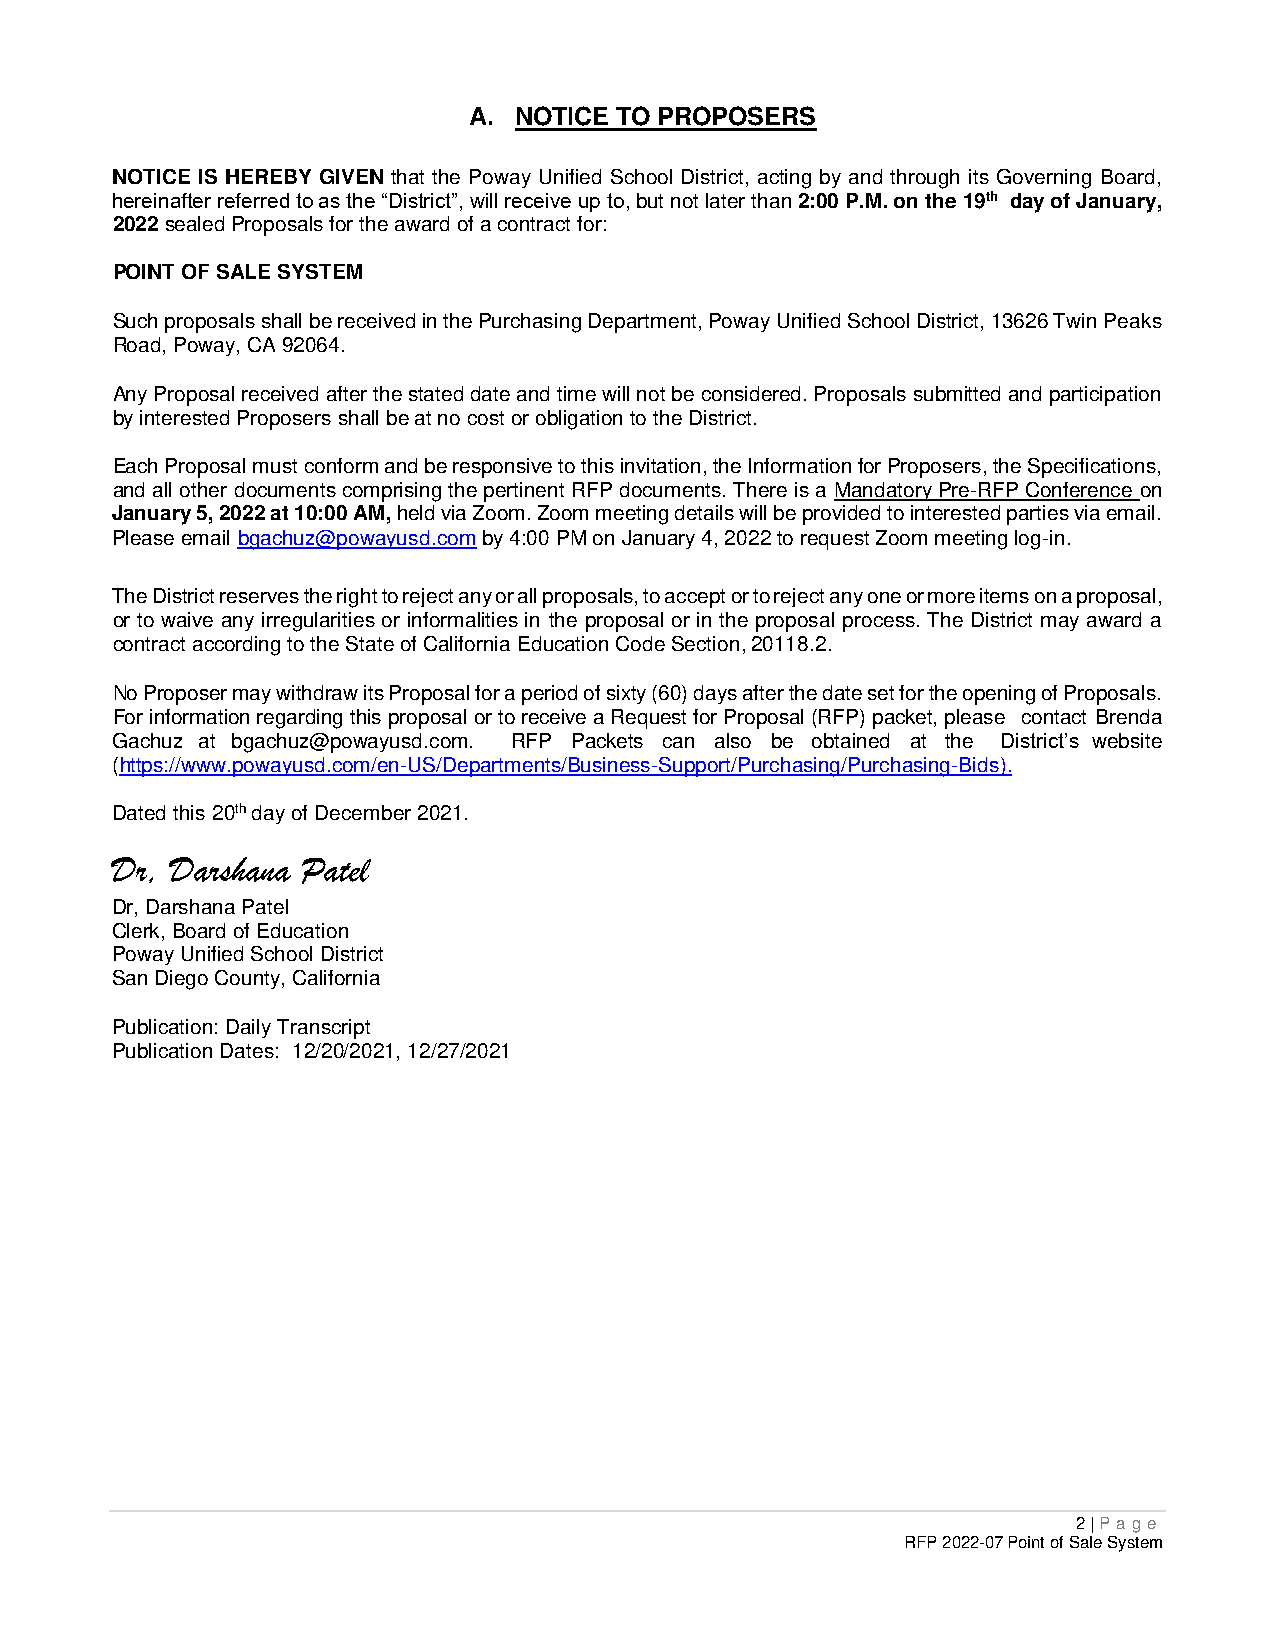
A. NOTICE TO PROPOSERS
 NOTICE IS HEREBY GIVEN that the Poway Unified School District, acting by and through its Governing Board,
 hereinafter referred to as the “District”, will receive up to, but not later than 2:00 P.M. on the 19th day of January,
 2022 sealed Proposals for the award of a contract for:
 POINT OF SALE SYSTEM
 Such proposals shall be received in the Purchasing Department, Poway Unified School District, 13626 Twin Peaks
 Road, Poway, CA 92064.
 Any Proposal received after the stated date and time will not be considered. Proposals submitted and participation
 by interested Proposers shall be at no cost or obligation to the District.
 Each Proposal must conform and be responsive to this invitation, the Information for Proposers, the Specifications,
 and all other documents comprising the pertinent RFP documents. There is a Mandatory Pre-RFP Conference on
 January 5, 2022 at 10:00 AM, held via Zoom. Zoom meeting details will be provided to interested parties via email.
 Please email bgachuz@powayusd.com by 4:00 PM on January 4, 2022 to request Zoom meeting log-in.
 The District reserves the right to reject any or all proposals, to accept or to reject any one or more items on a proposal,
 or to waive any irregularities or informalities in the proposal or in the proposal process. The District may award a
 contract according to the State of California Education Code Section, 20118.2.
 No Proposer may withdraw its Proposal for a period of sixty (60) days after the date set for the opening of Proposals.
 For information regarding this proposal or to receive a Request for Proposal (RFP) packet, please contact Brenda
 Gachuz at bgachuz@powayusd.com. RFP Packets can also be obtained at the District’s website
 (https://www.powayusd.com/en-US/Departments/Business-Support/Purchasing/Purchasing-Bids).
 Dated this 20th day of December 2021.
 Dr, Darshana Patel
 Dr, Darshana Patel
 Clerk, Board of Education
 Poway Unified School District
 San Diego County, California
 Publication: Daily Transcript
 Publication Dates: 12/20/2021, 12/27/2021
 2 | P age
 RFP 2022-07 Point of Sale System